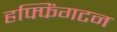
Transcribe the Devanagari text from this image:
हफ्फिंगटन